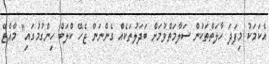
އެކަމަކު މިފަދަ ހާލަތްތަކުން ސަލާމަތްވުމަށް ބަދަލުތަކެއް ގެންނަން ޖެހޭ ކްލަބް ހިންގުމުގައި" މާއްޓޭ